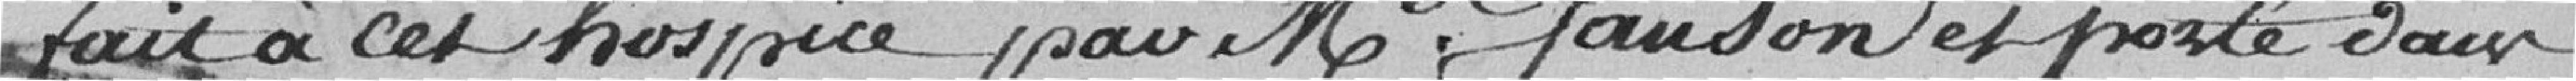
fait à cet hospice par Mde Janson et porté dans